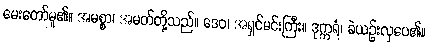
မေးတော်မူ၏။ အမစ္စာ၊ အမတ်တို့သည်။ ဒေဝ၊ အရှင်မင်းကြီး။ ဒုက္ကရံ၊ ခဲယဉ်းလှပေ၏။